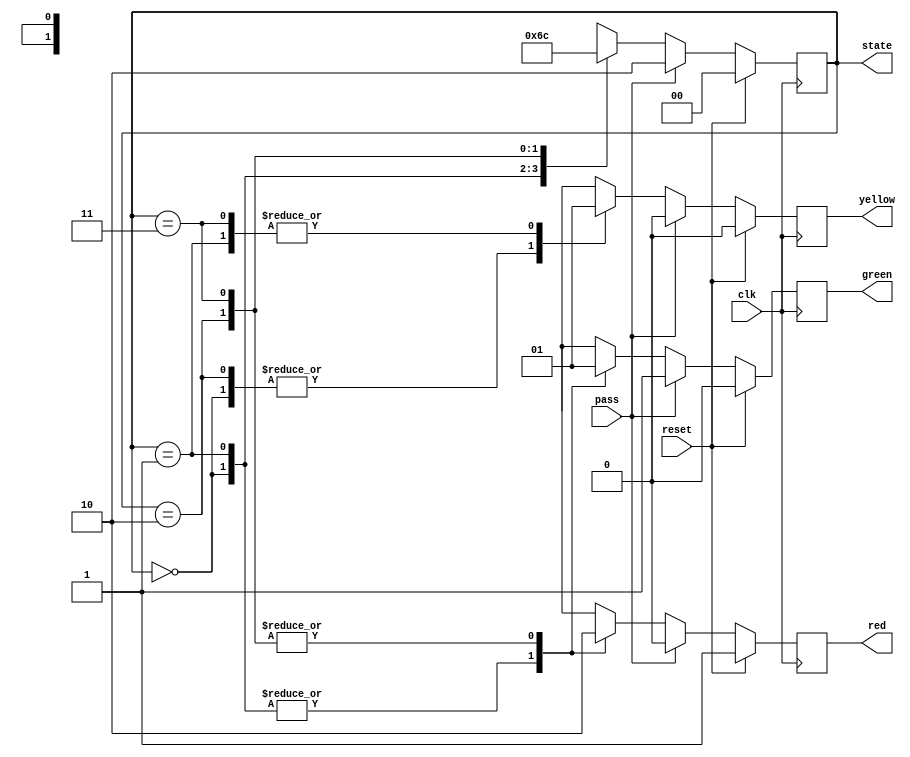
module tlc(
	input clk,reset,pass,
	output reg[1:0]state,
	output reg red,yellow,green
	);
	localparam redsignal=2'b00,redwithyellow=2'b01,greensignal=2'b10,greenwithyellow=2'b11;

	always@(posedge clk)
		begin
			if(reset==1'b1) begin
					red<=1'b1;
					yellow<=1'b0;
					green<=1'b0;
					state<=redsignal;
				end

				else if(pass==1'b1) begin
				    red<=1'b0;
					yellow<=1'b0;
					green<=1'b1;
					state<=greensignal;
				end

			else begin
				case(state)
					redsignal:
						begin
							red<=1'b1;
							yellow<=1'b0;
							green<=1'b0;
							#10;
							state<=redwithyellow;
						end

					redwithyellow:
						begin
							red<=1'b1;
							yellow<=1'b1;
							green<=1'b0;
							#10;
							state<=greensignal;
						end

					greensignal:
						begin
							red<=1'b0;
							yellow<=1'b0;
							green<=1'b1;
							#10;
							state<=greenwithyellow;
						end

					greenwithyellow:	
						begin
							red<=1'b0;
							yellow<=1'b1;
							green<=1'b1;
							#10;
							state<=redsignal;
						end
					
					default:
						begin
						   red<=1'bz;
						   yellow<=1'bz;
						   green<=1'bz;
						   #10;
						   state<=redsignal;
						end
				endcase
			end
		end
endmodule